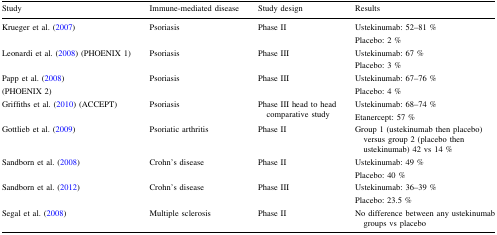
<table><thead><tr><td><b>Study</b></td><td><b>Immune-mediated disease</b></td><td><b>Study design</b></td><td><b>Results</b></td></tr></thead><tbody><tr><td>Krueger et al. (2007)</td><td>Psoriasis</td><td>Phase II</td><td>Ustekinumab: 52–81 %Placebo: 2 %</td></tr><tr><td>Leonardi et al. (2008) (PHOENIX 1)</td><td>Psoriasis</td><td>Phase III</td><td>Ustekinumab: 67 %Placebo: 3 %</td></tr><tr><td>Papp et al. (2008)(PHOENIX 2)</td><td>Psoriasis</td><td>Phase III</td><td>Ustekinumab: 67–76 %Placebo: 4 %</td></tr><tr><td>Griffiths et al. (2010) (ACCEPT)</td><td>Psoriasis</td><td>Phase III head to head comparative study</td><td>Ustekinumab: 68–74 %Etanercept: 57 %</td></tr><tr><td>Gottlieb et al. (2009)</td><td>Psoriatic arthritis</td><td>Phase II</td><td>Group 1 (ustekinumab then placebo) versus group 2 (placebo then ustekinumab) 42 vs 14 %</td></tr><tr><td>Sandborn et al. (2008)</td><td>Crohn’s disease</td><td>Phase II</td><td>Ustekinumab: 49 %Placebo: 40 %</td></tr><tr><td>Sandborn et al. (2012)</td><td>Crohn’s disease</td><td>Phase III</td><td>Ustekinumab: 36–39 %Placebo: 23.5 %</td></tr><tr><td>Segal et al. (2008)</td><td>Multiple sclerosis</td><td>Phase II</td><td>No difference between any ustekinumab groups vs placebo</td></tr></tbody></table>